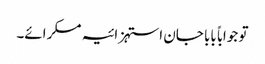
تو جواباً بابا جان استہزائیہ مسکرائے۔